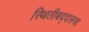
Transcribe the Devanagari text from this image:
स्थितीबद्दलचा